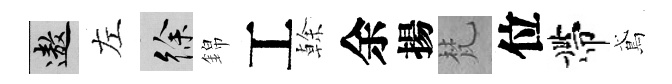
遨左徐錦工𠏉余揚梵位帶鳶